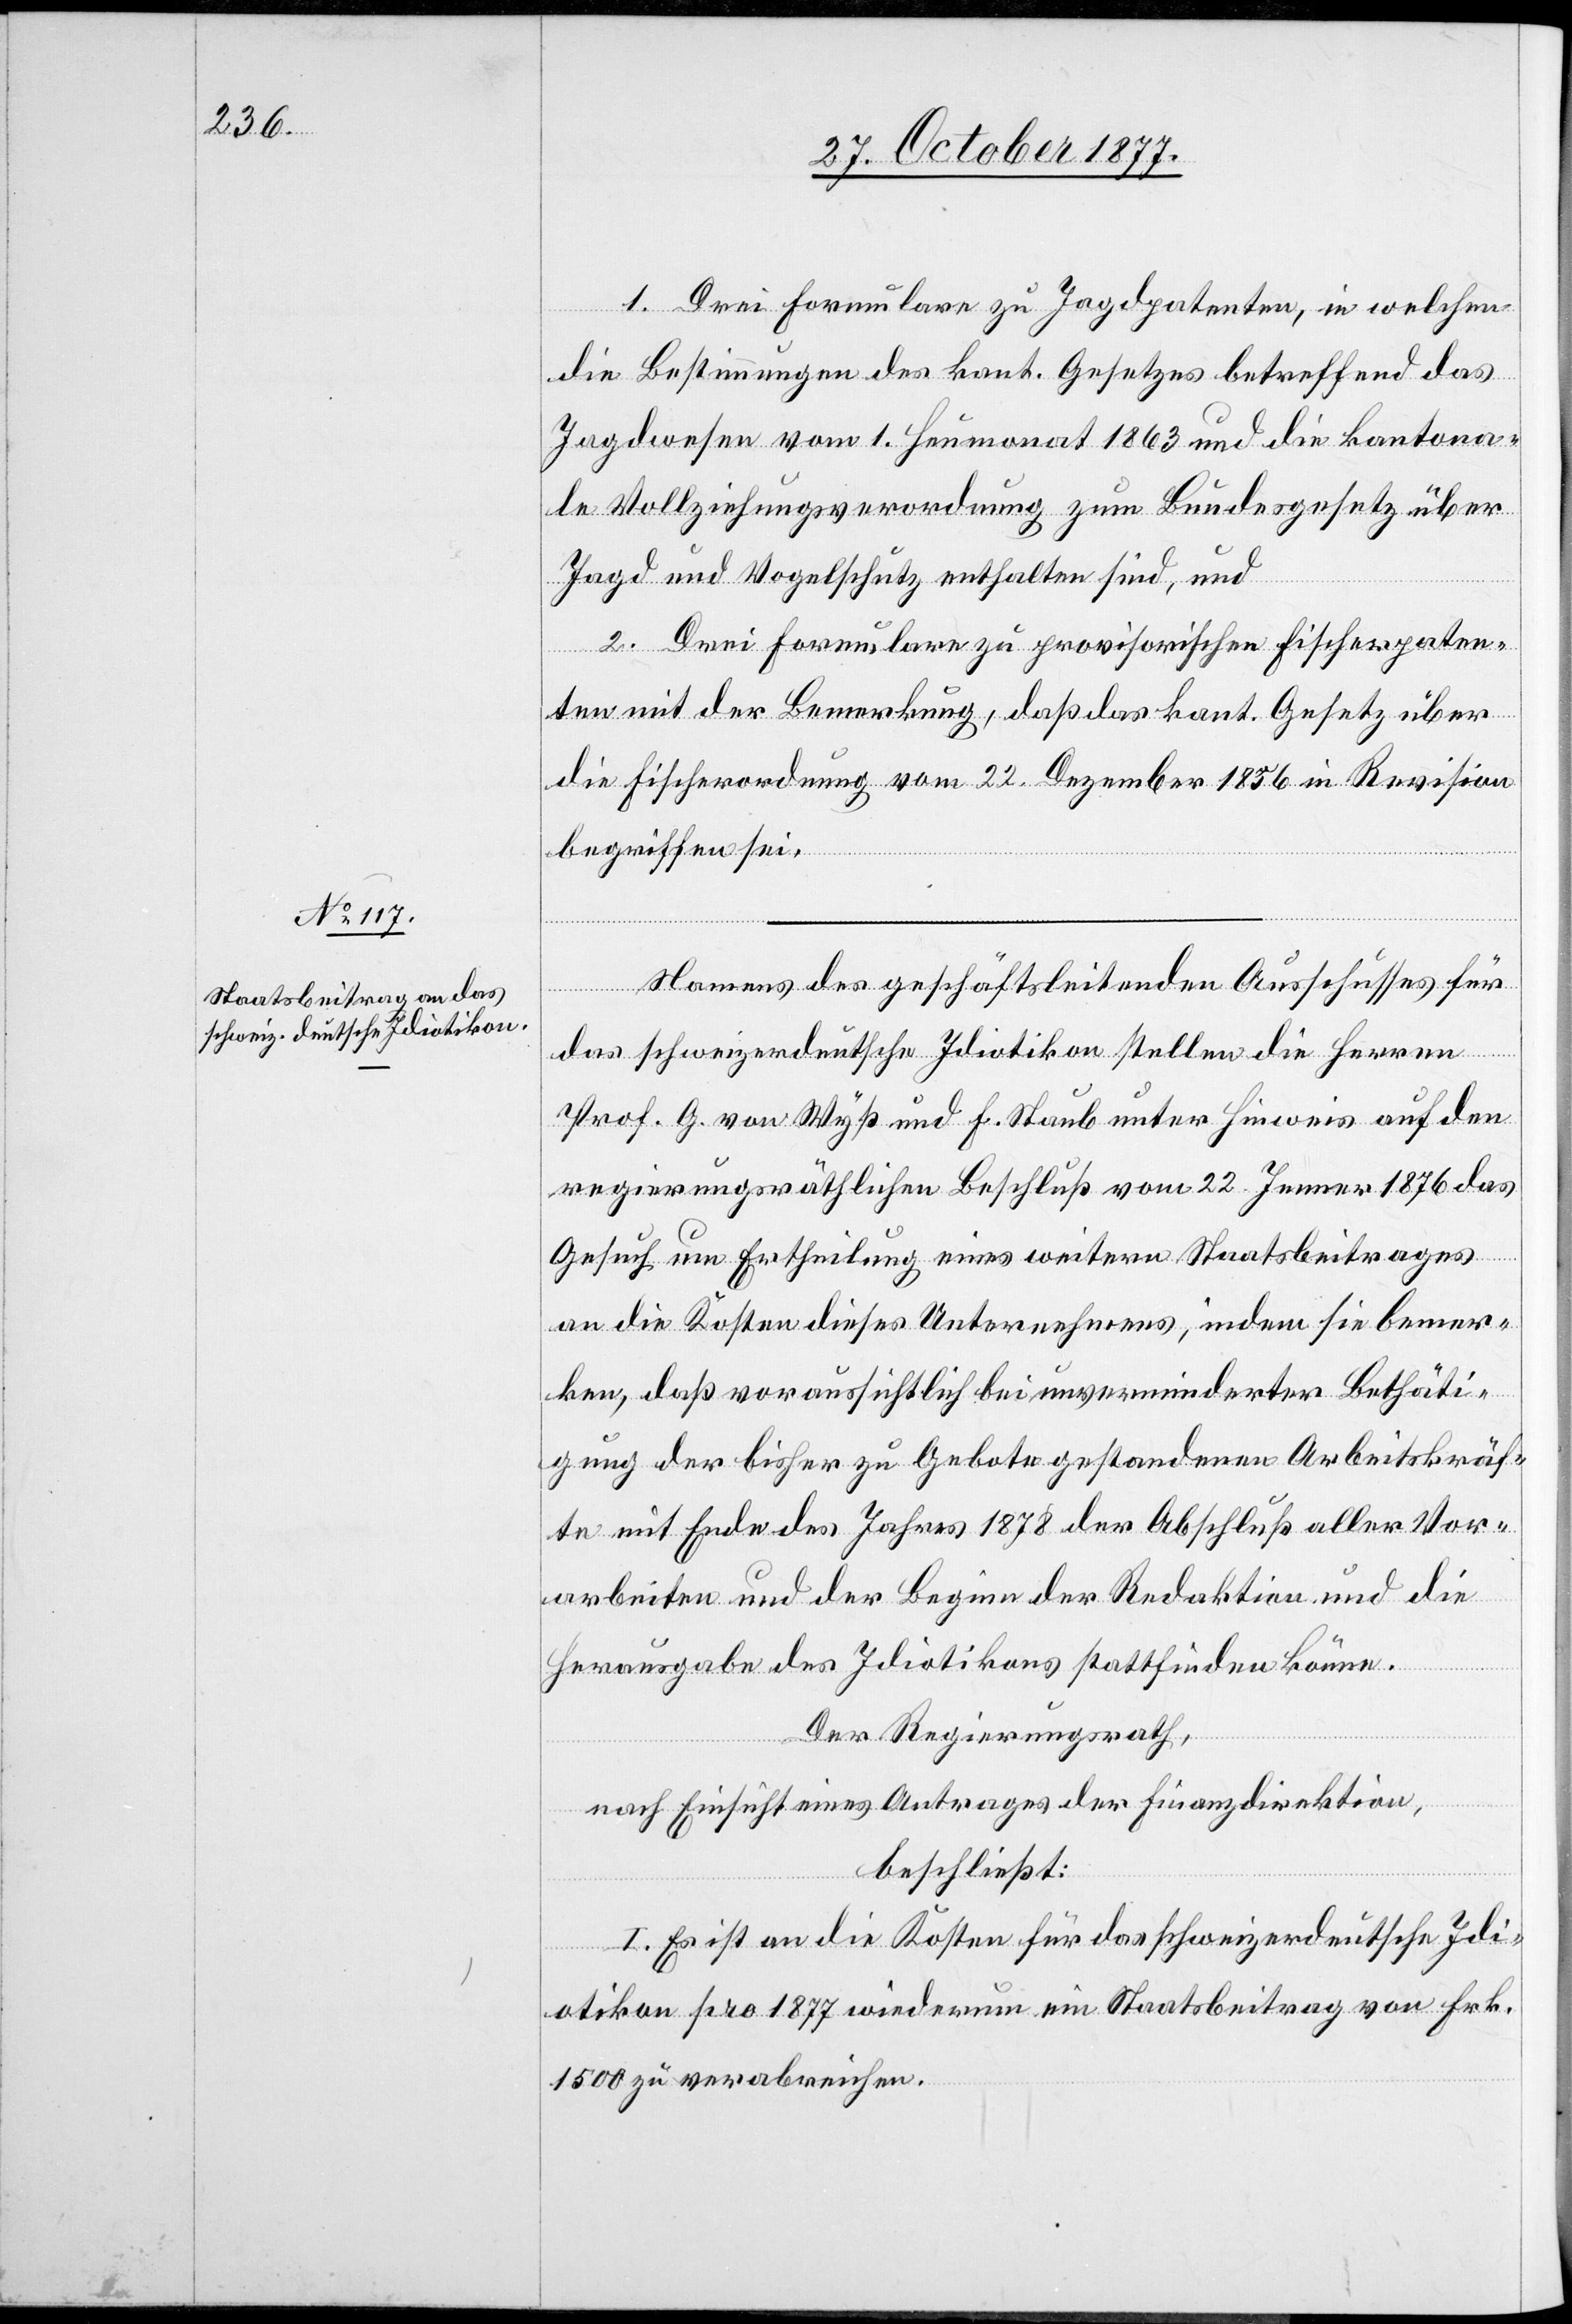
1. Drei Formulare zu Jagdpatenten, in welchen
die Bestimmungen des kant. Gesetzes betreffend das
Jagdwesen vom 1. Heumonat 1863 und die kantona¬
le Vollziehungsverordnung zum Bundesgesetz über
Jagd und Vogelschutz enthalten sind, und
2. Drei Formulare zu provisorischen Fischerpaten¬
ten mit der Bemerkung, daß das kant. Gesetz über
die Fischerordnung vom 22. Dezember 1856 in Revision
begriffen sei.
Namens des geschäftsleitenden Ausschusses für
das schweizerdeutsche Idiotikon stellen die Herren
Prof. G. von Wyß und F. Staub unter Hinweis auf den
regierungsräthlichen Beschluß vom 22. Jenner 1876 das
Gesuch um Ertheilung eines weitern Staatsbeitrages
an die Kosten dieses Unternehmens, indem sie bemer¬
ken, daß voraussichtlich bei unverminderter Bethäti¬
gung der bisher zu Gebote gestandenen Arbeitskräf¬
te mit Ende des Jahres 1878 der Abschluß aller Vor¬
arbeiten und der Beginn der Redaktion und die
Herausgabe des Idiotikons stattfinden könne.
Der Regierungsrath,
nach Einsicht eines Antrages der Finanzdirektion,
beschließt:
I. Es ist an die Kosten für das schweizerdeutsche Idi¬
otikon pro 1877 wiederum ein Staatsbeitrag von Frk.
1500 zu verabreichen.